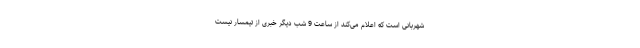
شهربانی است که اعلام می‌کند از ساعت 9 شب دیگر خبری از تیمسار نیست